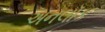
અનલૉક